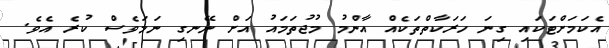
އެކަމަށްޓަކައި ގިނަ ހަރަކާތްތަކެއް އާންމު މުޖުތަމައު އަށް ނޭނގި ނަމަވެސް ކުރެ އެވެ.